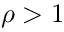
\rho > 1